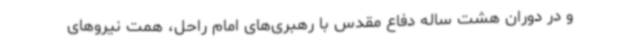
و در دوران هشت ساله دفاع مقدس با رهبری‌های امام راحل، همت نیروهای